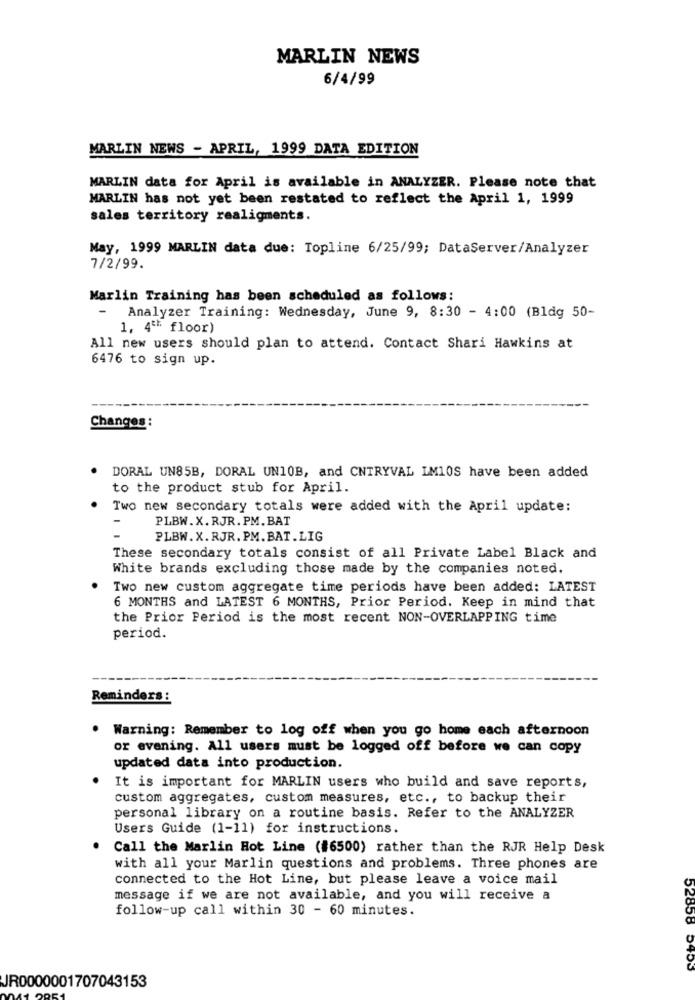
MARLIN NEWS
6/4/99
MARLIN NEWS - APRIL, 1999 DATA EDITION
MARLIN data for April is available in ANALYZER. Please note that
MARLIN has not yet been restated to reflect the April 1, 1999
sales territory realigments.
May, 1999 MARLIN data due: Topline 6/25/99; DataServer/Analyzer
7/2/99.
Marlin Training has been scheduled as follows:
Analyzer Training: Wednesday, June 9, 8:30 - 4:00 (Bldg 50-
1, 4º* floor)
All new users should plan to attend. Contact Shari Hawkins at
6476 to sign up.
Changes :
DORAL UN85B, DORAL UN10B, and CNTRYVAL IM10S have been added
to the product stub for April.
Two new secondary totals were added with the April update:
PLBW.X. RJR. PM. BAT
PLBW. X.RJR. PM.BAT.LIG
These secondary totals consist of all Private Label Black and
White brands excluding those made by the companies noted.
Two new custom aggregate time periods have been added: LATEST
6 MONTHS and LATEST 6 MONTHS, Prior Period. Keep in mind that
the Prior Period is the most recent NON-OVERLAPPING time
period.
Reminders :
Warning: Remember to log off when you go home each afternoon
or evening. All users must be logged off before we can copy
updated data into production.
It is important for MARLIN users who build and save reports,
custom aggregates, custom measures, etc ., to backup their
personal library on a routine basis. Refer to the ANALYZER
Users Guide (1-11) for instructions.
Call the Marlin Hot Line (#6500) rather than the RJR Help Desk
with all your Marlin questions and problems. Three phones are
connected to the Hot Line, but please leave a voice mail
message if we are not available, and you will receive a
follow-up call within 30 - 60 minutes.
52858 5453
JR0000001707043153